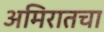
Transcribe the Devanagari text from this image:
अमिरातचा